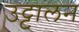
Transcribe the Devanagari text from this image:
उट्टालन